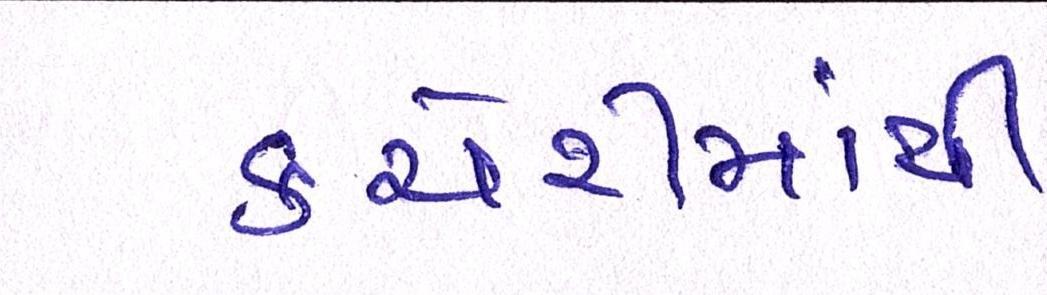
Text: કચેરીમાંથી